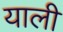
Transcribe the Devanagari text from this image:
याली